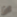
ان